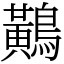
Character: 鷬